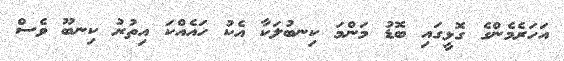
އަހަރެމެންގެ ގޮޅީގައި ބޮޑު މަންމަ ކިނބުލަކާ އެކު ހައެއްކަ އިތުރު ކިނބޫ ވެސް